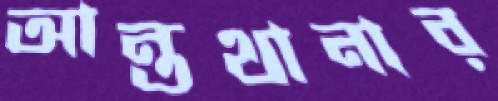
আন্তথানার